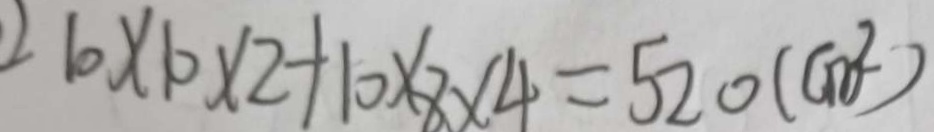
2 1 0 \times 1 0 \times 2 + 1 0 \times 8 \times 4 = 5 2 0 ( c m ^ { 2 } )